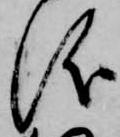
儀